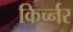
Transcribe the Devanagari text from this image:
किर्च्नर